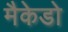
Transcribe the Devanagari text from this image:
मैकेडो